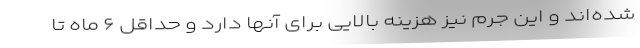
شده‌اند و این جرم نیز هزینه بالایی برای آنها دارد و حداقل ۶ ماه تا